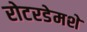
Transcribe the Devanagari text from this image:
रोटरडेमशे